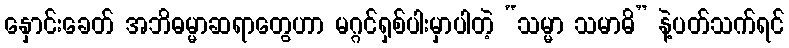
နှောင်းခေတ် အဘိဓမ္မာဆရာတွေဟာ မဂ္ဂင်ရှစ်ပါးမှာပါတဲ့ “သမ္မာ သမာဓိ” နဲ့ပတ်သက်ရင်